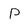
Character: P